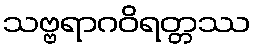
သဗ္ဗရာဂဝိရတ္တဿ